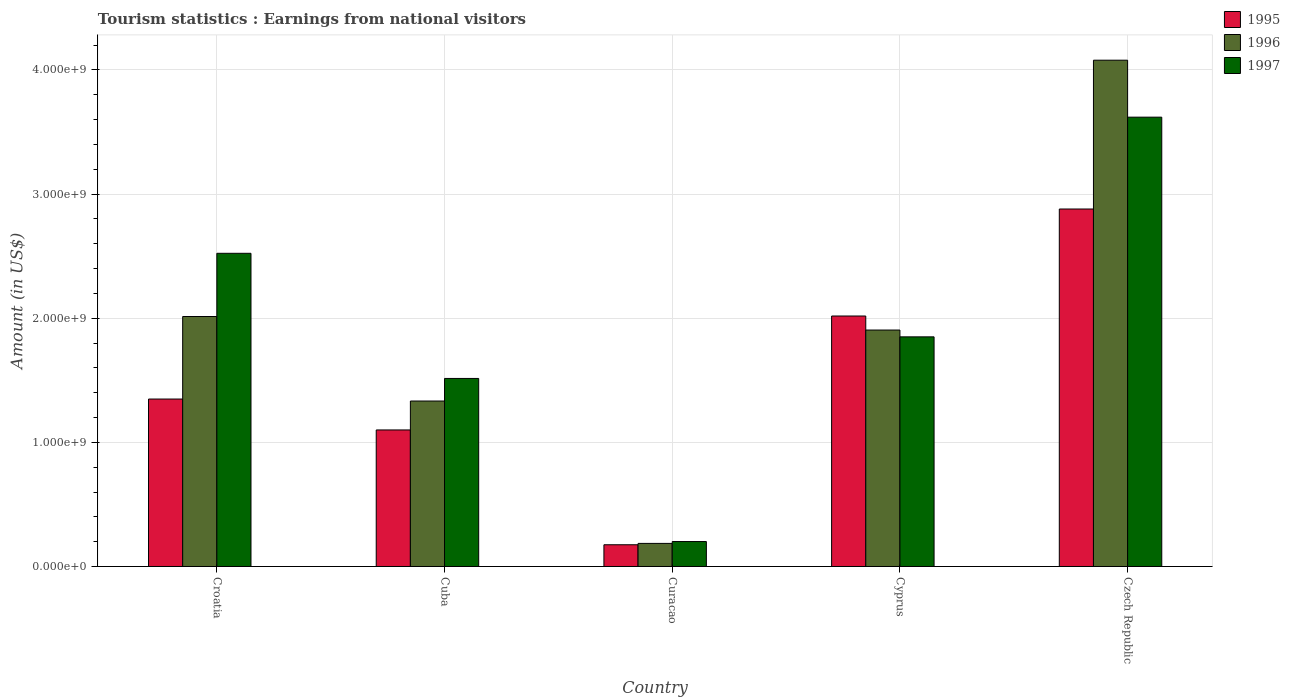
| Country | 1995 | 1996 | 1997 |
 | --- | --- | --- | --- |
 | Croatia | 1.35e+09 | 2.01e+09 | 2.52e+09 |
 | Cuba | 1.1e+09 | 1.33e+09 | 1.52e+09 |
 | Curacao | 1.75e+08 | 1.86e+08 | 2.01e+08 |
 | Cyprus | 2.02e+09 | 1.90e+09 | 1.85e+09 |
 | Czech Republic | 2.88e+09 | 4.08e+09 | 3.62e+09 |